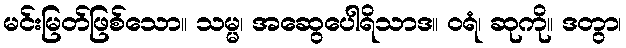
မင်းမြတ်ဖြစ်သော။ သမ္မ၊ အဆွေပေါရိသာဒ။ ဝရံ၊ ဆုကို။ ဒတွာ၊